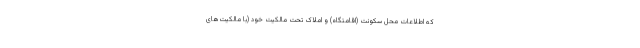
که اطلاعات محل سکونت (اقامتگاه) و املاک تحت مالکیت خود (با مالکیت‌های